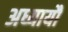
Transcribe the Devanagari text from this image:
अध्यायौं